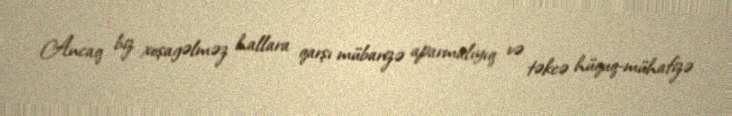
Ancaq biz xoşagəlməz hallara qarşı mübarizə aparmalıyıq və təkcə hüquq-mühafizə